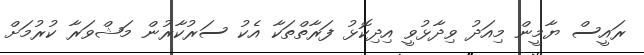
ރައީސް ޔާމީން މިއަދު ވިދާޅުވީ އިދިކޮޅު ފަރާތްތަކާ އެކު ސަރުކާރުން މަޝްވަރާ ކުރުމަށް